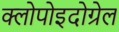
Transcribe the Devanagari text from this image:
क्लोपोइदोग्रेल